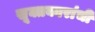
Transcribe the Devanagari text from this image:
सूक्तकारांची